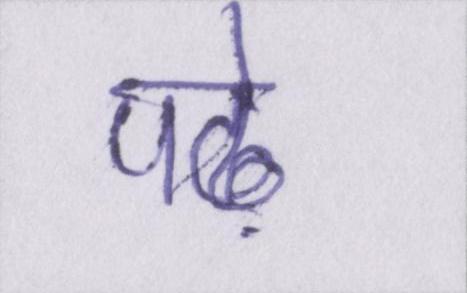
पढ़े